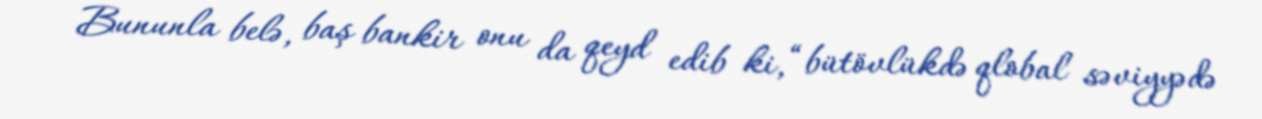
Bununla belə, baş bankir onu da qeyd edib ki, “bütövlükdə qlobal səviyyədə